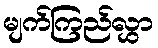
မျက်ကြည်လွှာ